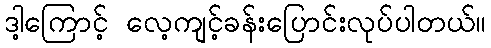
ဒါ့ကြောင့် လေ့ကျင့်ခန်းပြောင်းလုပ်ပါတယ်။